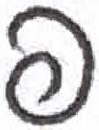
אות: פ